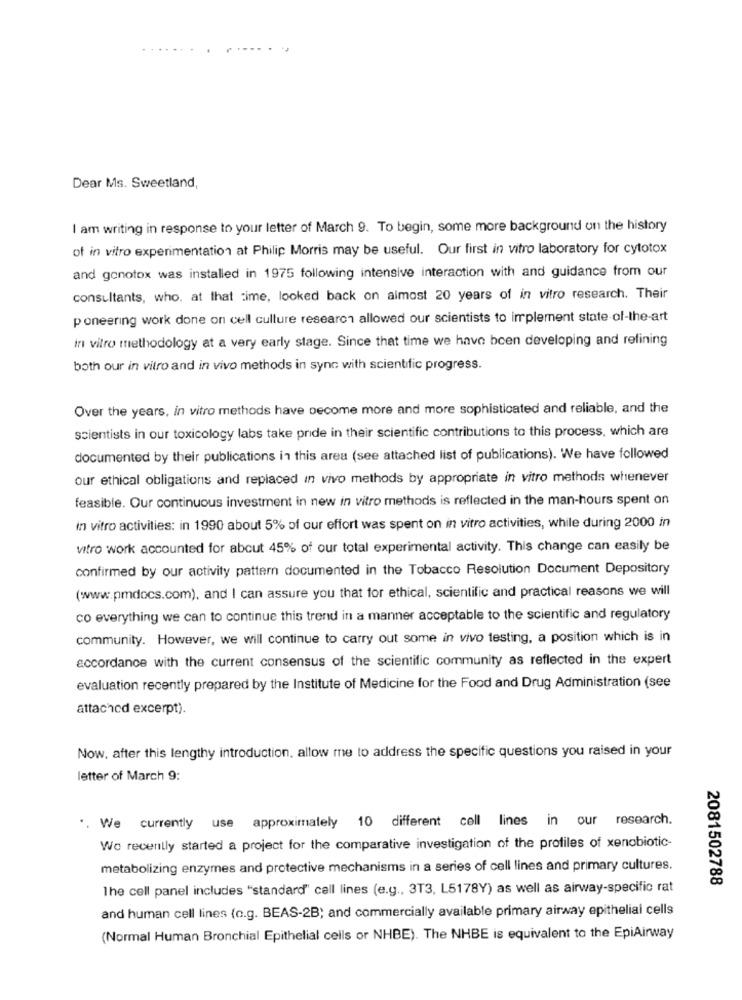
Dear Ms. Sweetland,
I am writing in response to your letter of March 9. To begin, some more background on the history
of in vitro experimentation at Philip Morris may be useful. Our first in vitro laboratory for cytotox
and gonotox was installed in 1975 following intensive interaction with and guidance from our
consultants, who. at that time, looked back on almost 20 years of in vitro research. Their
poneering work done on cell culture research allowed our scientists to implement state of-the-art
in vitro methodology at a very early stage. Since that time we have been developing and refining
both our in vitro and in vivo methods in sync with scientific progress.
Over the years, in vitro methods have become more and more sophisticated and reliable, and the
scientists in our toxicology labs take pride in their scientific contributions to this process, which are
documented by their publications in this area (see attached list of publications). We have followed
our ethical obligations and replaced in vivo methods by appropriate in vitro methods whenever
feasible. Our continuous investment in new in vitro methods is reflected in the man-hours spent on
in vitro activities: in 1990 about 5% of our effort was spent on in vitro activities, while during 2000 in
vitro work accounted for about 45% of our total experimental activity. This change can easily be
confirmed by our activity pattern documented in the Tobacco Resolution Document Depository
(www.pmdocs.com), and I can assure you that for ethical, scientific and practical reasons we will
co everything we can to continue this trend in a manner acceptable to the scientific and regulatory
community. However, we will continue to carry out some in vivo testing, a position which is in
accordance with the current consensus of the scientific community as reflected in the expert
evaluation recently prepared by the Institute of Medicine for the Food and Drug Administration (see
attached excerpt).
Now. after this lengthy introduction. allow me to address the specific questions you raised in your
letter of March 9:
.. We currently use approximately 10 different cell lines in our research.
We recently started a project for the comparative investigation of the profiles of xenobiotic-
metabolizing enzymes and protective mechanisms in a series of cell lines and primary cultures.
2081502788
The cell panel includes "standard" cell lines (e.g ., 3T3, L5178Y) as well as airway-specific rat
and human cell lines (c.g. BEAS-2B; and commercially available primary airway epithelial cells
(Normal Human Bronchial Epithelial cells or NHBE). The NHBE is equivalent to the EpiAirway